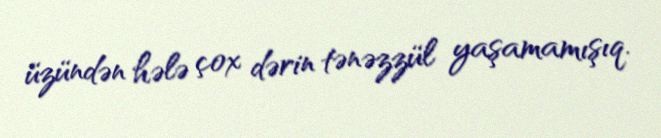
üzündən hələ çox dərin tənəzzül yaşamamışıq.